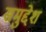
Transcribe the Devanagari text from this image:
समुद्देश